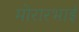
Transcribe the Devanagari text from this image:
मोरारभाई